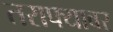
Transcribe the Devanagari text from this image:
तराफ्यावर